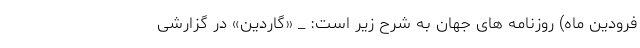
فرودین ماه) روزنامه های جهان به شرح زیر است: _ «گاردین» در گزارشی